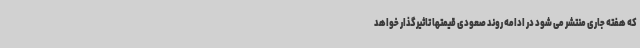
که هفته جاری منتشر می شود در ادامه روند صعودی قیمتها تاثیرگذار خواهد